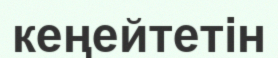
кеңейтетін